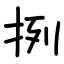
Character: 挒